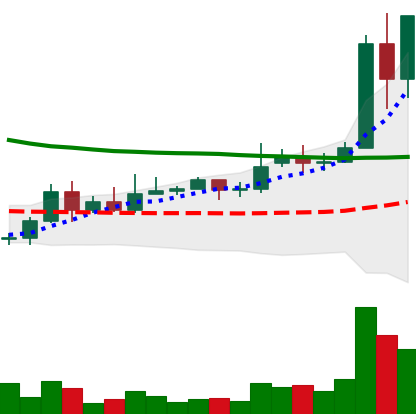
Ticker: DOGE-USD
Chart end date: 2020-11-23
Forward return: -6.661%
Label: down_5_7